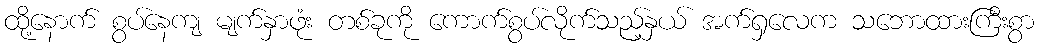
ထို့နောက် စွပ်နေကျ မျက်နှာဖုံး တစ်ခုကို ကောက်စွပ်လိုက်သည့်နှယ် အက်ရှလေက သဘောထားကြီးစွာ